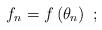
LaTeX: \begin{align*}f_{n}=f\left( \theta _{n}\right) ~; \end{align*}